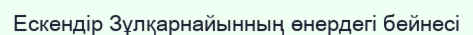
Ескендір Зұлқарнайынның өнердегі бейнесі